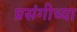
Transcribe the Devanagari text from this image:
प्रसंगीच्या